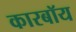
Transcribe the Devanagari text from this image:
कारबॉय